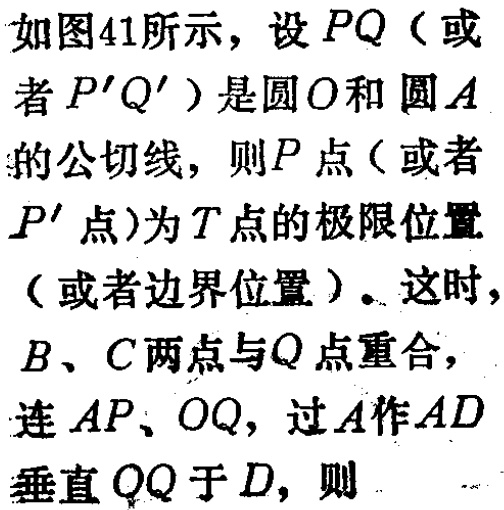
如图41所示，设 \(PQ\)（或者 \(P'Q'\)）是圆 \(O\)和圆 \(A\)的公切线，则 \(P\)点（或者 \(P'\)点）为 \(T\)点的极限位置（或者边界位置）。这时，\(B、C\)两点与 \(Q\)点重合，连 \(AP、OQ\)，过 \(A\)作 \(AD\)垂直 \(OQ\)于 \(D\)，则